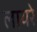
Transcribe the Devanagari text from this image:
लायरे